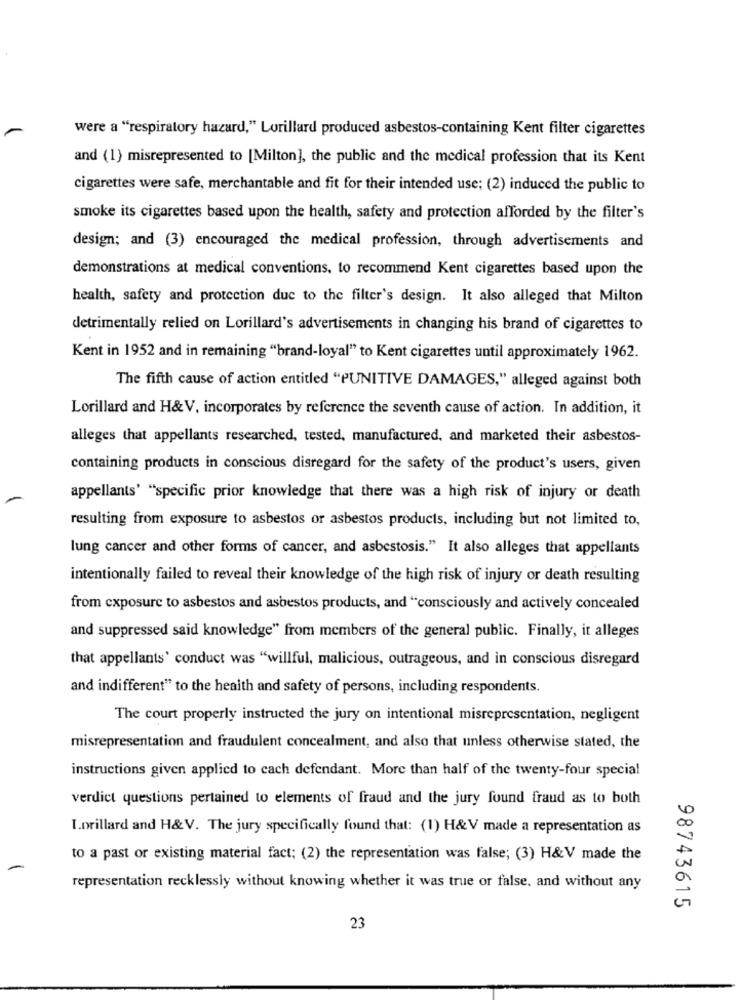
were a "respiratory hazard," Lorillard produced asbestos-containing Kent filter cigarettes
and (1) misrepresented to [Milton], the public and the medical profession that its Kent
cigarettes were safe, merchantable and fit for their intended use; (2) induced the public to
smoke its cigarettes based upon the health, safety and protection afforded by the filter's
design; and (3) encouraged the medical profession, through advertisements and
demonstrations at medical conventions, to recommend Kent cigarettes based upon the
health, safety and protection due to the filter's design. It also alleged that Milton
detrimentally relied on Lorillard's advertisements in changing his brand of cigarettes to
Kent in 1952 and in remaining "brand-loyal" to Kent cigarettes until approximately 1962.
The fifth cause of action entitled "PUNITIVE DAMAGES," alleged against both
Lorillard and H&V, incorporates by reference the seventh cause of action. In addition, it
alleges that appellants researched, tested, manufactured, and marketed their asbestos-
containing products in conscious disregard for the safety of the product's users, given
appellants' "specific prior knowledge that there was a high risk of injury or death
resulting from exposure to asbestos or asbestos products, including but not limited to,
lung cancer and other forms of cancer, and asbestosis." It also alleges that appellants
intentionally failed to reveal their knowledge of the high risk of injury or death resulting
from exposure to asbestos and asbestos products, and "consciously and actively concealed
and suppressed said knowledge" from members of the general public. Finally, it alleges
that appellants' conduct was "willful, malicious, outrageous, and in conscious disregard
and indifferent" to the health and safety of persons, including respondents.
The court properly instructed the jury on intentional misrepresentation, negligent
misrepresentation and fraudulent concealment, and also that unless otherwise stated, the
instructions given applied to cach defendant. More than half of the twenty-four special
verdict questions pertained to elements of fraud and the jury found fraud as to both
I.Drillard and H&V. The jury specifically found that: (1) H&V made a representation as
to a past or existing material fact; (2) the representation was false; (3) H&V made the
representation recklessly without knowing whether it was true or false, and without any
98743615
23